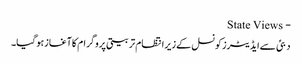
- State Views
دبئی سےایڈیٹرزکونسل کےزیرانتظام تربیتی پروگرام کاآغازہوگیا۔